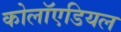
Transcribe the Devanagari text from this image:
कोलॉएडियल